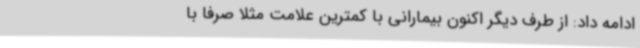
ادامه داد: از طرف دیگر اکنون بیمارانی با کمترین علامت مثلا صرفا با